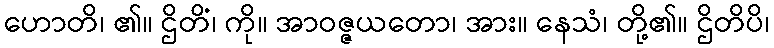
ဟောတိ၊ ၏။ ဌိတိံ၊ ကို။ အာဝဇ္ဇယတော၊ အား။ နေသံ၊ တို့၏။ ဌိတိပိ၊